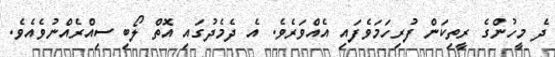
ދެ މީހުންގެ ރީތިކަން ފުރިހަމަވެފައި އެއްވަރެވެ. އެ ދެމެދުގައި އޮތް ލޯބި ސިއްރެއްނުވެއެވެ.